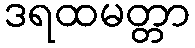
ဒရထမတ္တာ